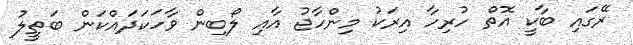
ރޭގައި ބާކީ އޮތް ހުރިހާ އިރަކު މިންހާޖު އާއި ލޯބިން ވާހަކަދައްކަން ބަތީލު